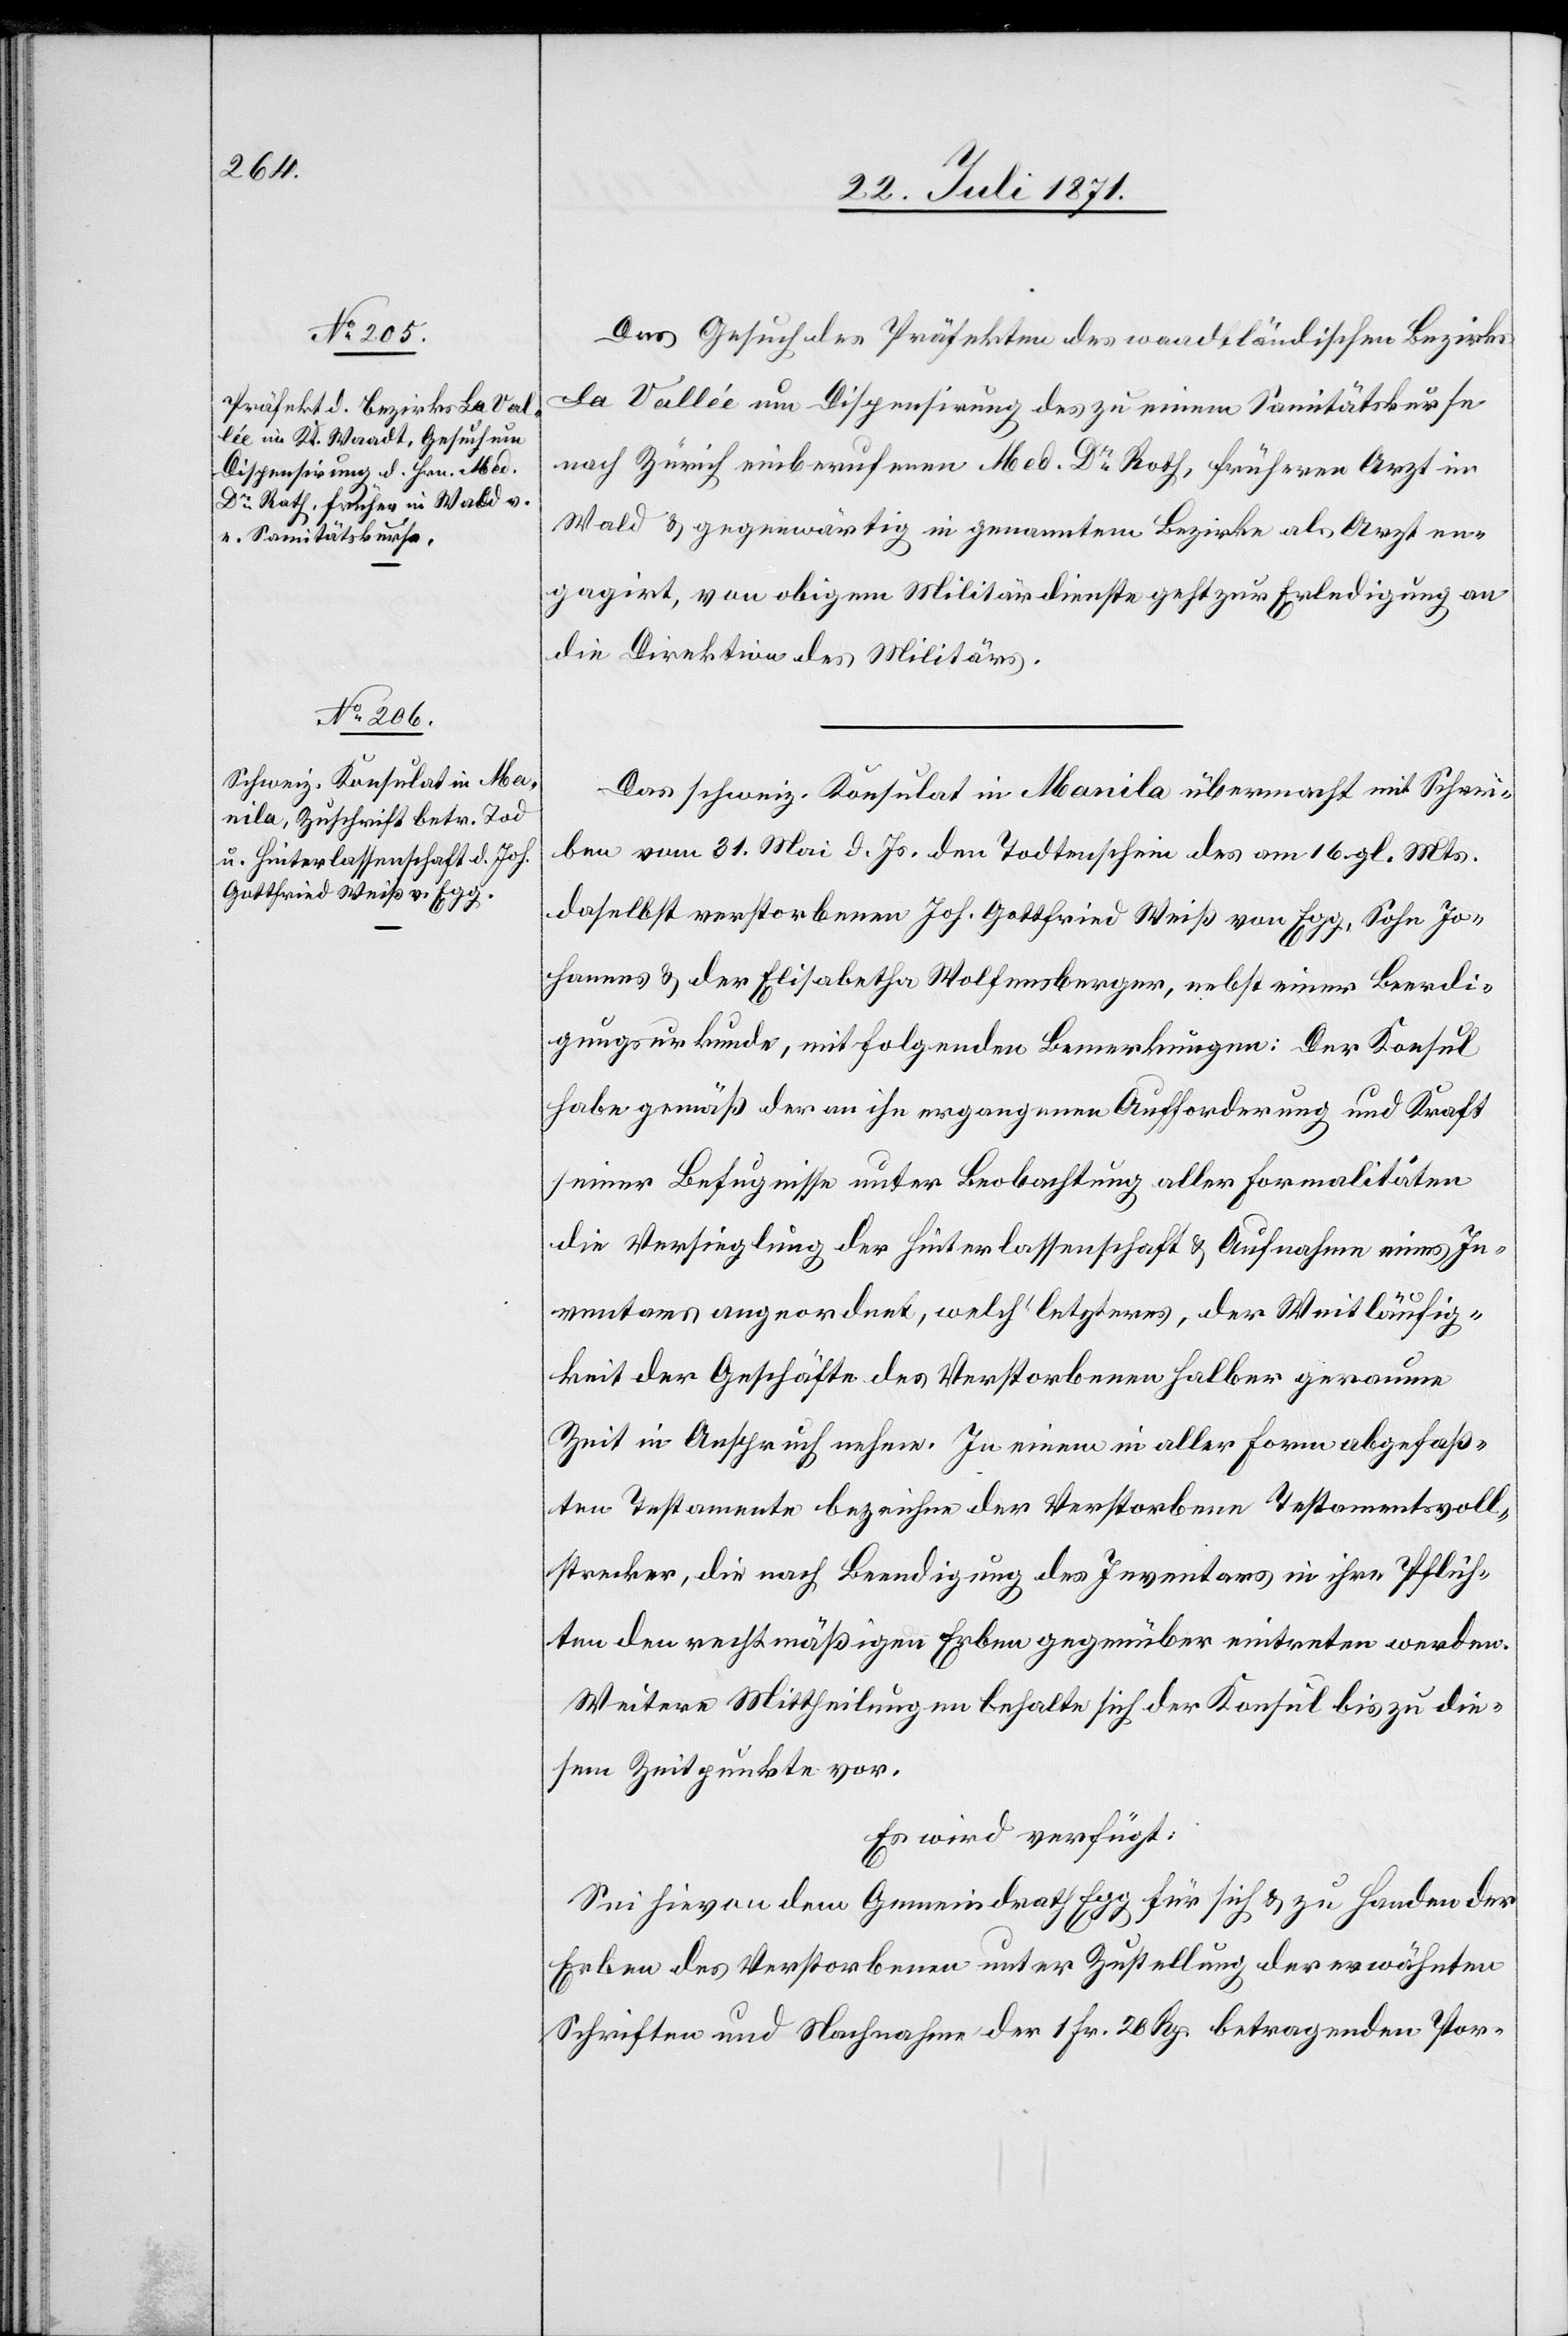
24. Juli 1871.]
Das Gesuch des Präfekten des waadtländischen Bezirks
La Vallée um Dispensirung des zu einem Sanitätskurse
nach Zürich einberufenen Med. Dr. Roth, früheren Arzt in
Wald u. gegenwärtig in genanntem Bezirke als Arzt en¬
gagirt, von obigem Militärdienste geht zur Erledigung an
die Direktion des Militärs.
Das schweiz. Konsulat in Manila übermacht mit Schrei¬
ben vom 31. Mai d. Js. den Todtenschein des am 16. gl. Mts.
daselbst verstorbenen Joh. Gottfried Weiß von Egg, Sohn Jo¬
hannes u. der Elisabetha Wolfensberger, nebst einer Beerdi¬
gungsurkunde, mit folgenden Bemerkungen: Der Konsul
habe gemäß der an ihn ergangenen Aufforderung und Kraft
seiner Befugnisse unter Beobachtung aller Formalitäten
die Versieglung der Hinterlassenschaft u. Aufnahme eines In¬
ventars angeordnet, welch’letzteres, der Weitläufig¬
keit der Geschäfte des Verstorbenen halber geraumere
Zeit in Anspruch nehme. In einem in aller Form abgefaß¬
ten Testamente bezeichne der Verstorbene Testamentsvoll¬
strecker, die nach Beendigung des Inventars in ihre Pflich¬
ten den rechtmäßigen Erben gegenüber eintreten werden.
Weitere Mittheilungen behalte sich der Konsul bis zu die¬
sem Zeitpunkte vor.
Es wird verfügt:
Sei hievon dem Gemeindrath Egg für sich u. zu Handen der
Erben des Verstorbenen unter Zustellung der erwähnten
Schriften und Nachnahme der 1 Fr. 28 Rp. betragenden Por-